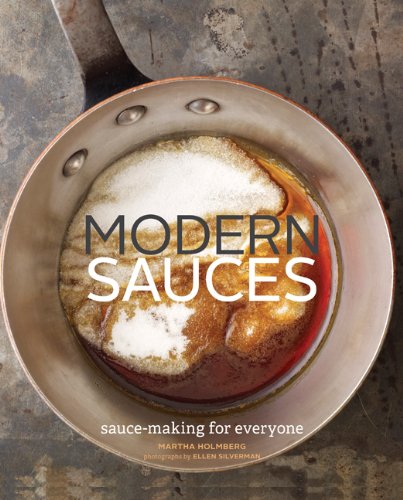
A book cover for Modern Sauces: More than 150 Recipes for Every Cook, Every Day; Martha Holmberg; Cookbooks, Food & Wine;